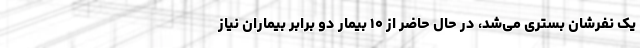
یک نفرشان بستری می‌شد، در حال حاضر از ۱۰ بیمار دو برابر بیماران نیاز